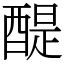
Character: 醍